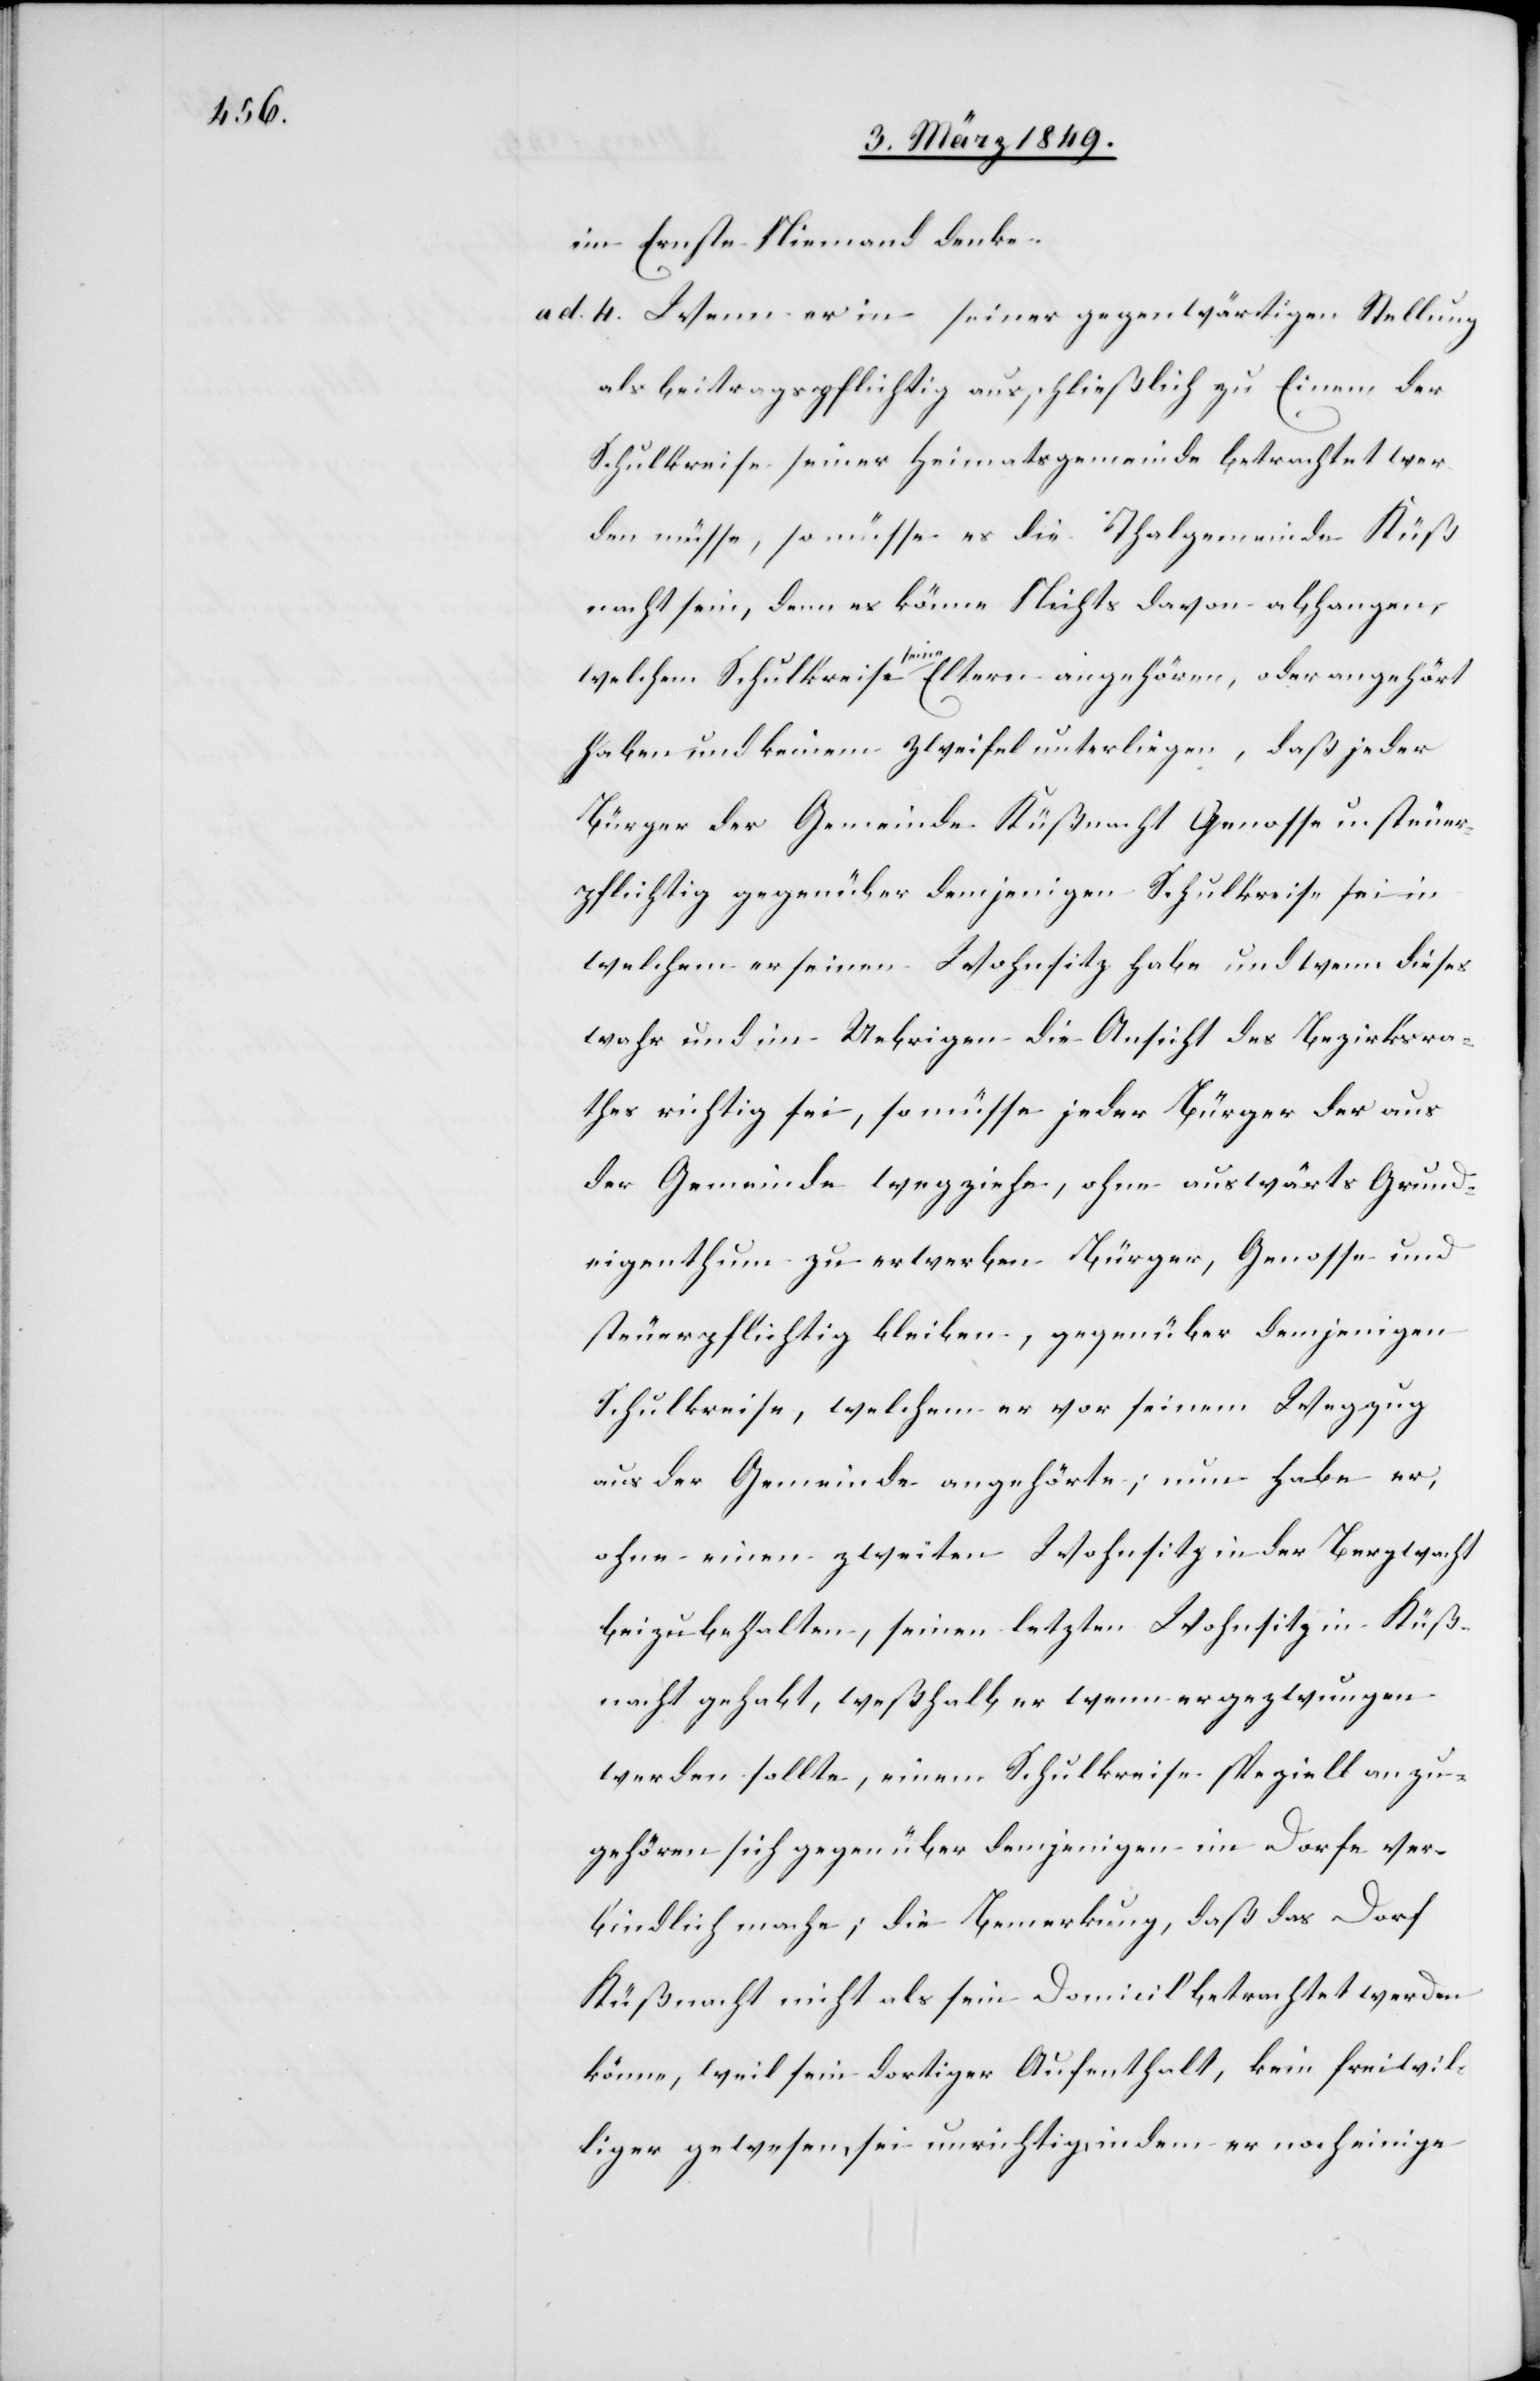
im Ernste niemand denke.
ad 4. Wenn er in seiner gegenwärtigen Stellung
als beitragspflichtig ausschließlich zu Einem der
Schulkreise seiner Heimatsgemeinde betrachtet wer¬
den müsse, so müsse es die Thalgemeinde Küß¬
nacht sein, denn es könne Nichts davon abhangen,
welchem Schulkreise seine Eltern angehören, oder angehört
haben und keinem Zweifel unterliegen, daß jeder
Bürger der Gemeinde Küßnacht Genosse u. steuer¬
pflichtig gegenüber demjenigen Schulkreise sei in
welchem er seinen Wohnsitz habe und wenn dieses
wahr und im Uebrigen die Ansicht des Bezirksra¬
thes richtig sei, so müsse jeder Bürger der aus
der Gemeinde wegziehe, ohne auswärts Grund¬
eigenthum zu erwerben Bürger, Genosse und
steuerpflichtig bleiben, gegenüber demjenigen
Schulkreise, welchem er vor seinem Wegzug
aus der Gemeinde angehörte; nun habe er,
ohne einen zweiten Wohnsitz in der Bergwacht
beizubehalten, seinen letzten Wohnsitz in Küß¬
nacht gehabt, weßhalb er wenn er gezwungen
werden sollte, einem Schulkreise speziell anzu¬
gehören sich gegenüber demjenigen im Dorfe ver¬
bindlich mache; die Bemerkung, daß das Dorf
Küßnacht nicht als sein Domicil betrachtet werden
könne, weil sein dortiger Aufenthalt, kein freiwil¬
liger gewesen, sei unrichtig, indem er noch einige